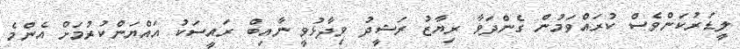
ލީޑަރުކަންވެސް ކުރައްވަމުން ގެންދަވާ ރިޔާޒު ރަޝީދު ވިދާޅުވީ ނާއިބް ރައީސަކު އައްޔަންކުރުމަށް އެންމެ